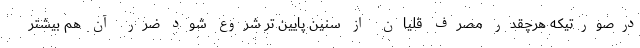
درصورتیکه هرچقدر مصرف قلیان از سنین پایین تر شروع شود ضرر آن هم بیشتر